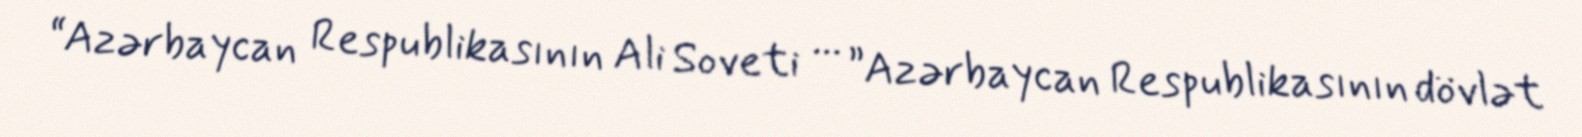
“Azərbaycan Respublikasının Ali Soveti ... ”Azərbaycan Respublikasının dövlət